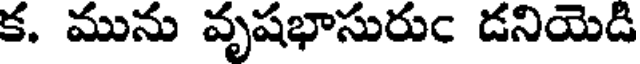
క. మును వృషభాసురుఁ డనియెడి